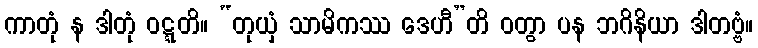
ကာတုံ န ဒါတုံ ဝဋ္ဋတိ။ “တုယှံ သာမိကဿ ဒေဟီ”တိ ဝတွာ ပန ဘဂိနိယာ ဒါတဗ္ဗံ။